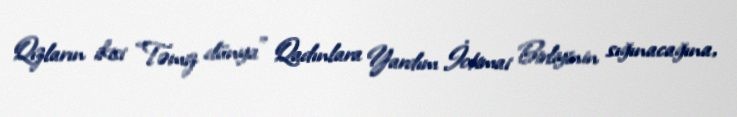
Qızların ikisi “Təmiz dünya” Qadınlara Yardım İctimai Birliyinin sığınacağına,